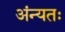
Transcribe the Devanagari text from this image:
अंन्यतः